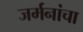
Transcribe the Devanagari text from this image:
जर्मनांचा